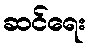
ဆင်ရေး